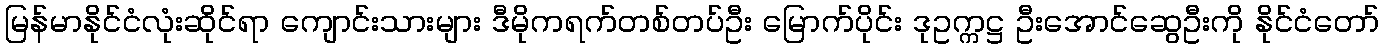
မြန်မာနိုင်ငံလုံးဆိုင်ရာ ကျောင်းသားများ ဒီမိုကရက်တစ်တပ်ဦး မြောက်ပိုင်း ဒုဥက္ကဋ္ဌ ဦးအောင်ဆွေဦးကို နိုင်ငံတော်